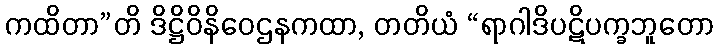
ကထိတာ”တိ ဒိဋ္ဌိဝိနိဝေဌနကထာ, တတိယံ “ရာဂါဒိပဋိပက္ခဘူတော